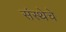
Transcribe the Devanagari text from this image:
संस्‍थेचे